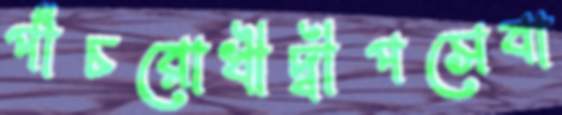
পাঁচরোখীদ্বীপসেবা